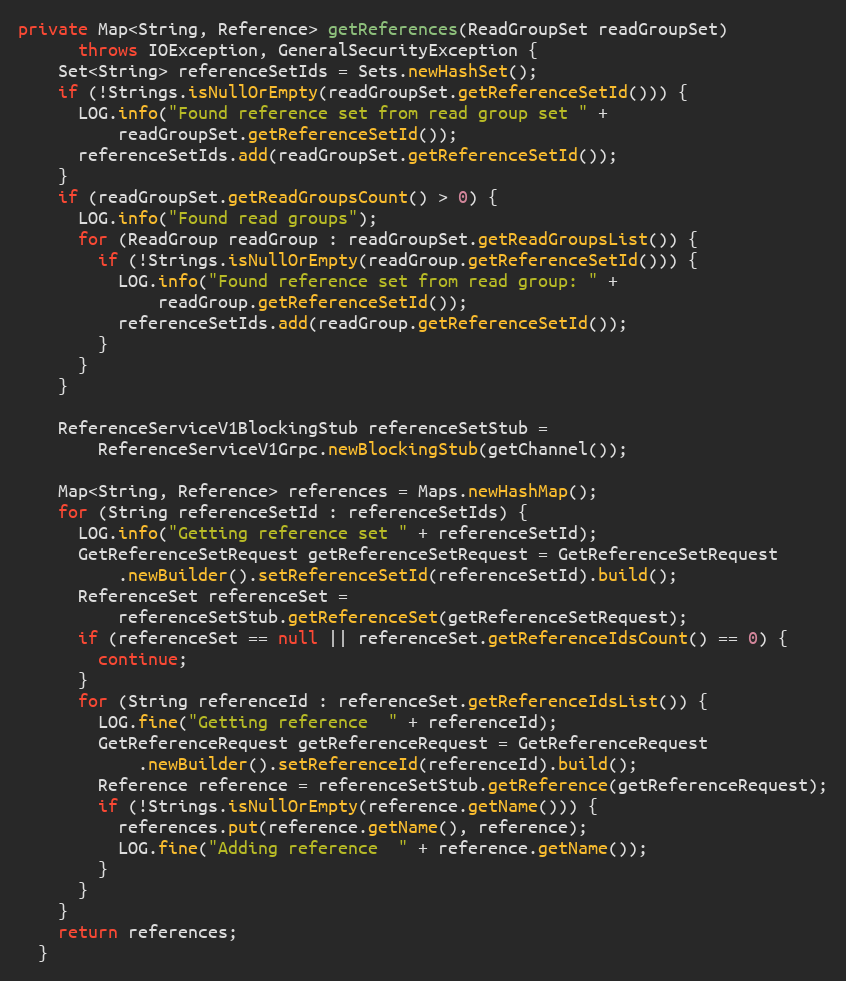
Language: Java
private Map<String, Reference> getReferences(ReadGroupSet readGroupSet)
      throws IOException, GeneralSecurityException {
    Set<String> referenceSetIds = Sets.newHashSet();
    if (!Strings.isNullOrEmpty(readGroupSet.getReferenceSetId())) {
      LOG.info("Found reference set from read group set " +
          readGroupSet.getReferenceSetId());
      referenceSetIds.add(readGroupSet.getReferenceSetId());
    }
    if (readGroupSet.getReadGroupsCount() > 0) {
      LOG.info("Found read groups");
      for (ReadGroup readGroup : readGroupSet.getReadGroupsList()) {
        if (!Strings.isNullOrEmpty(readGroup.getReferenceSetId())) {
          LOG.info("Found reference set from read group: " +
              readGroup.getReferenceSetId());
          referenceSetIds.add(readGroup.getReferenceSetId());
        }
      }
    }

    ReferenceServiceV1BlockingStub referenceSetStub =
        ReferenceServiceV1Grpc.newBlockingStub(getChannel());

    Map<String, Reference> references = Maps.newHashMap();
    for (String referenceSetId : referenceSetIds) {
      LOG.info("Getting reference set " + referenceSetId);
      GetReferenceSetRequest getReferenceSetRequest = GetReferenceSetRequest
          .newBuilder().setReferenceSetId(referenceSetId).build();
      ReferenceSet referenceSet =
          referenceSetStub.getReferenceSet(getReferenceSetRequest);
      if (referenceSet == null || referenceSet.getReferenceIdsCount() == 0) {
        continue;
      }
      for (String referenceId : referenceSet.getReferenceIdsList()) {
        LOG.fine("Getting reference  " + referenceId);
        GetReferenceRequest getReferenceRequest = GetReferenceRequest
            .newBuilder().setReferenceId(referenceId).build();
        Reference reference = referenceSetStub.getReference(getReferenceRequest);
        if (!Strings.isNullOrEmpty(reference.getName())) {
          references.put(reference.getName(), reference);
          LOG.fine("Adding reference  " + reference.getName());
        }
      }
    }
    return references;
  }